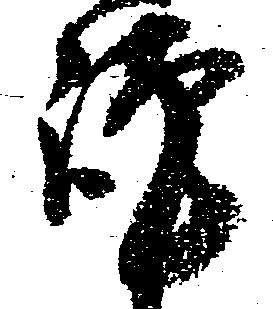
謹